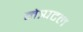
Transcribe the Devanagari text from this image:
नेत्र्पटल